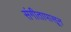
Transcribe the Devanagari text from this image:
संगीतापासून